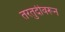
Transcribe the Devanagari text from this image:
तरतुदीवरून